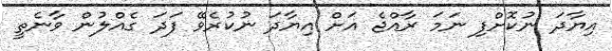
އިޔާދަ ނުކޮށްފި ނަމަ ރާއްޖެ އަށް އިޔާދަ ނުކުރެވޭ ފަދަ ގެއްލުން ވާނެތީ